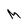
Character: M